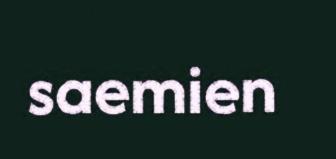
saemien